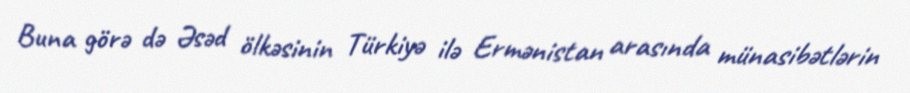
Buna görə də Əsəd ölkəsinin Türkiyə ilə Ermənistan arasında münasibətlərin